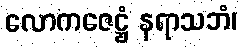
လောကဇေဋ္ဌံ နရာသဘံ၊